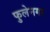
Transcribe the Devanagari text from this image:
फुलेनगर